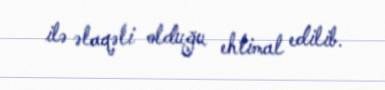
ilə əlaqəli olduğu ehtimal edilib.